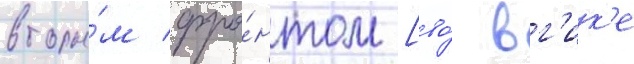
вторы́м фро́нтом [во́ вг'ик'е